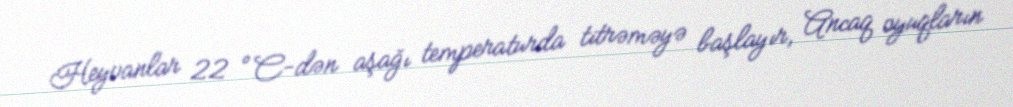
Heyvanlar 22 °C-dən aşağı temperaturda titrəməyə başlayır, Ancaq oyuqların